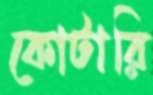
কোটারি